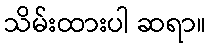
သိမ်းထားပါ ဆရာ။